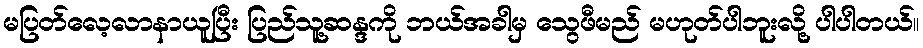
မပြတ်လေ့လာနာယူပြီး ပြည်သူ့ဆန္ဒကို ဘယ်အခါမှ သွေဖီမည် မဟုတ်ပါဘူးလို့ ပါပါတယ်။